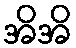
အိအိ